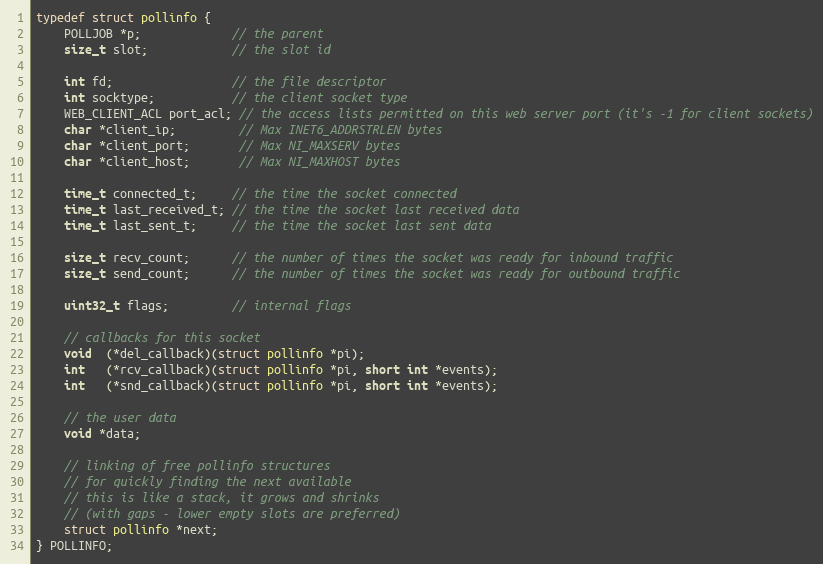
Language: C
typedef struct pollinfo {
    POLLJOB *p;             // the parent
    size_t slot;            // the slot id

    int fd;                 // the file descriptor
    int socktype;           // the client socket type
    WEB_CLIENT_ACL port_acl; // the access lists permitted on this web server port (it's -1 for client sockets)
    char *client_ip;         // Max INET6_ADDRSTRLEN bytes
    char *client_port;       // Max NI_MAXSERV bytes
    char *client_host;       // Max NI_MAXHOST bytes

    time_t connected_t;     // the time the socket connected
    time_t last_received_t; // the time the socket last received data
    time_t last_sent_t;     // the time the socket last sent data

    size_t recv_count;      // the number of times the socket was ready for inbound traffic
    size_t send_count;      // the number of times the socket was ready for outbound traffic

    uint32_t flags;         // internal flags

    // callbacks for this socket
    void  (*del_callback)(struct pollinfo *pi);
    int   (*rcv_callback)(struct pollinfo *pi, short int *events);
    int   (*snd_callback)(struct pollinfo *pi, short int *events);

    // the user data
    void *data;

    // linking of free pollinfo structures
    // for quickly finding the next available
    // this is like a stack, it grows and shrinks
    // (with gaps - lower empty slots are preferred)
    struct pollinfo *next;
} POLLINFO;